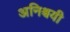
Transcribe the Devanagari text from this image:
अनिश्चयी